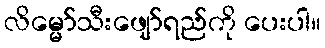
လိမ္မော်သီးဖျော်ရည်ကို ပေးပါ။